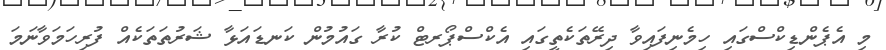
މި އެޕެންޑިކްސްގައި ހިމެނިފައިވާ ދިރޭތަކެތީގައި އެކްސްޕޯރޓް ކުރާ ގައުމުން ކަނޑައަޅާ ޝަރުތަތަކެއް ފުރިހަމަވާނަމަ